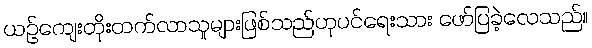
ယဉ်ကျေးတိုးတက်လာသူများဖြစ်သည်ဟုပင်ရေးသား ဖော်ပြခဲ့လေသည်။